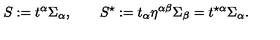
S : = t ^ { \alpha } \Sigma _ { \alpha } , \qquad S ^ { \star } : = t _ { \alpha } \eta ^ { \alpha \beta } \Sigma _ { \beta } = t ^ { \star \alpha } \Sigma _ { \alpha } .